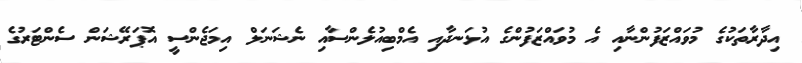
އިދާރާތަކުގެ މުވައްޒަފުންނާއި އެ މުވައްޒަފުންގެ އުޅަނދާއި އެމްބިއުލެންސާއި ނެޝަނަލް އިމަޖެންސީ އޮޕަރޭޝަން ސެންޓަރުގެ